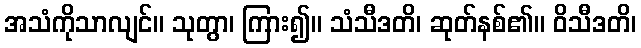
အသံကိုသာလျင်။ သုတွာ၊ ကြား၍။ သံသီဒတိ၊ ဆုတ်နစ်၏။ ဝိသီဒတိ၊